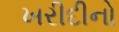
ખરીદીનો